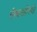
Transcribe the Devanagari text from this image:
लेबनानियों